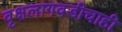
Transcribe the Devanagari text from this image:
वृक्षलागवडीचाही